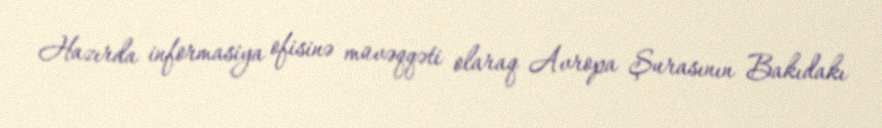
Hazırda informasiya ofisinə müvəqqəti olaraq Avropa Şurasının Bakıdakı